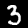
Label: 3